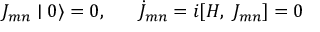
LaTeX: J _ { m n } \mid 0 \rangle = 0 , \; \; \; \; \; \; \dot { J } _ { m n } = i [ H , \; J _ { m n } ] = 0